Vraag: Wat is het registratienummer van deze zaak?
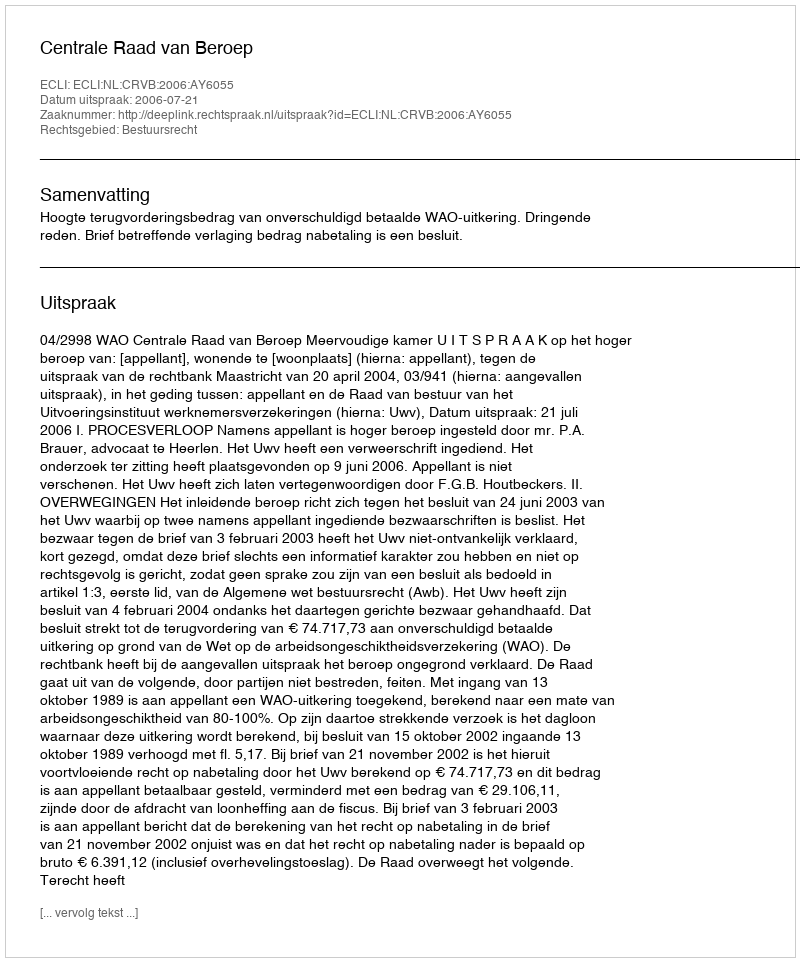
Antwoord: http://deeplink.rechtspraak.nl/uitspraak?id=ECLI:NL:CRVB:2006:AY6055